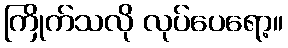
ကြိုက်သလို လုပ်ပေရော့။